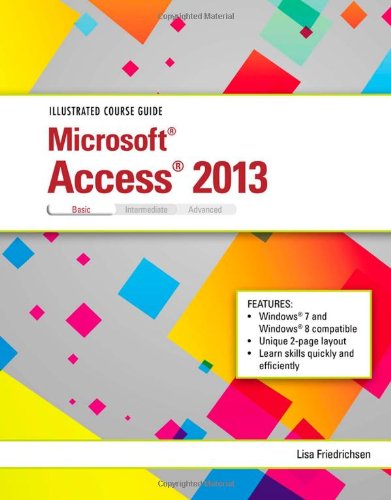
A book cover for Microsoft Access 2013 Basic; Lisa Friedrichsen; Computers & Technology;